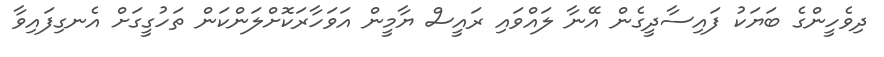
ދިވެހީންގެ ބަޔަކު ފައިސާދީގެން އޭނާ ލައްވައި ރައީސް ޔާމީން އަވަހާރަކޮށްލަންކަން ތަހުގީގަށް އެނގިފައިވާ